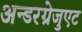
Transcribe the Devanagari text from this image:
अन्डरग्रेजुएट